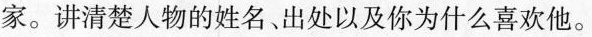
家。讲清楚人物的姓名、出处以及你为什么喜欢他。